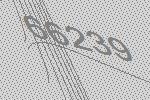
66239